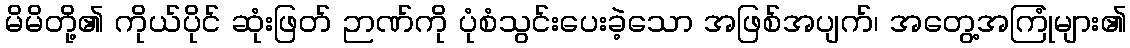
မိမိတို့၏ ကိုယ်ပိုင် ဆုံးဖြတ် ဉာဏ်ကို ပုံစံသွင်းပေးခဲ့သော အဖြစ်အပျက်၊ အတွေ့အကြုံများ၏